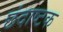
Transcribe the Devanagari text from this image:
छंदाष्टक